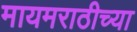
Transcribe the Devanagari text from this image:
मायमराठीच्या